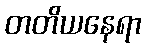
တတိယနေရာ